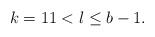
LaTeX: \begin{align*}k=1 1 < l\leq b-1.\end{align*}